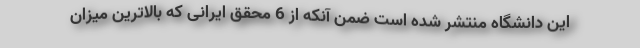
این دانشگاه منتشر شده است ضمن آنکه از 6 محقق ایرانی که بالاترین میزان